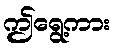
ဤရွေ့ကား